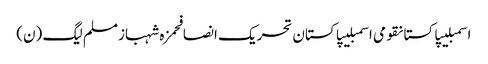
اسمبلیپاکستانقومی اسمبلیپاکستان تحریک انصافحمزہ شہبازمسلم لیگ (ن)